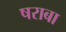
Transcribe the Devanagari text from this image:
षराबा